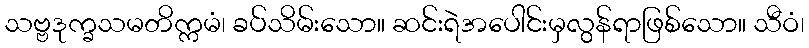
သဗ္ဗဒုက္ခသမတိက္ကမံ၊ ခပ်သိမ်းသော။ ဆင်းရဲအပေါင်းမှလွန်ရာဖြစ်သော။ သီဝံ၊